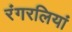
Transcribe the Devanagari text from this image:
रंगरलियां